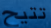
تتيح